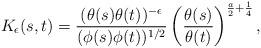
LaTeX: \begin{align*}K_{\epsilon}(s,t) = \frac{ ( \theta(s) \theta(t) )^{-\epsilon} }{ (\phi(s) \phi(t) )^{1/2}} \left( \frac{\theta(s) }{\theta(t)} \right)^{\frac{a}{2} + \frac{1}{4}}, \end{align*}